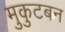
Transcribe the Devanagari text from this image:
मुकुटबन